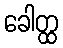
ခေါတ္ထ